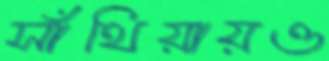
সাঁথিয়ায়ও